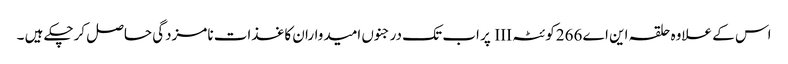
اس کے علاوہ حلقہ این اے 266کوئٹہ III پر اب تک درجنوں امیدواران کاغذات نامزدگی حاصل کرچکے ہیں ۔